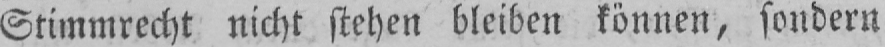
Stimmrecht nicht stehen bleiben können, sondern